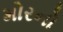
મોરનો